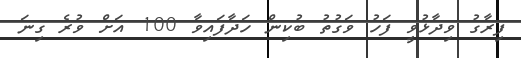
ފިރާގު ވިދާޅުވީ ފަހު ވަގުތު ބުކިން ހަދާފައިވާ 100 އަށް ވުރެ ގިނަ